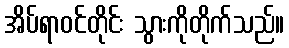
အိပ်ရာဝင်တိုင်း သွားကိုတိုက်သည်။